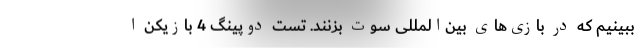
ببینیم که در بازی‌های بین‌المللی سوت بزنند. تست دوپینگ 4 بازیکن ا